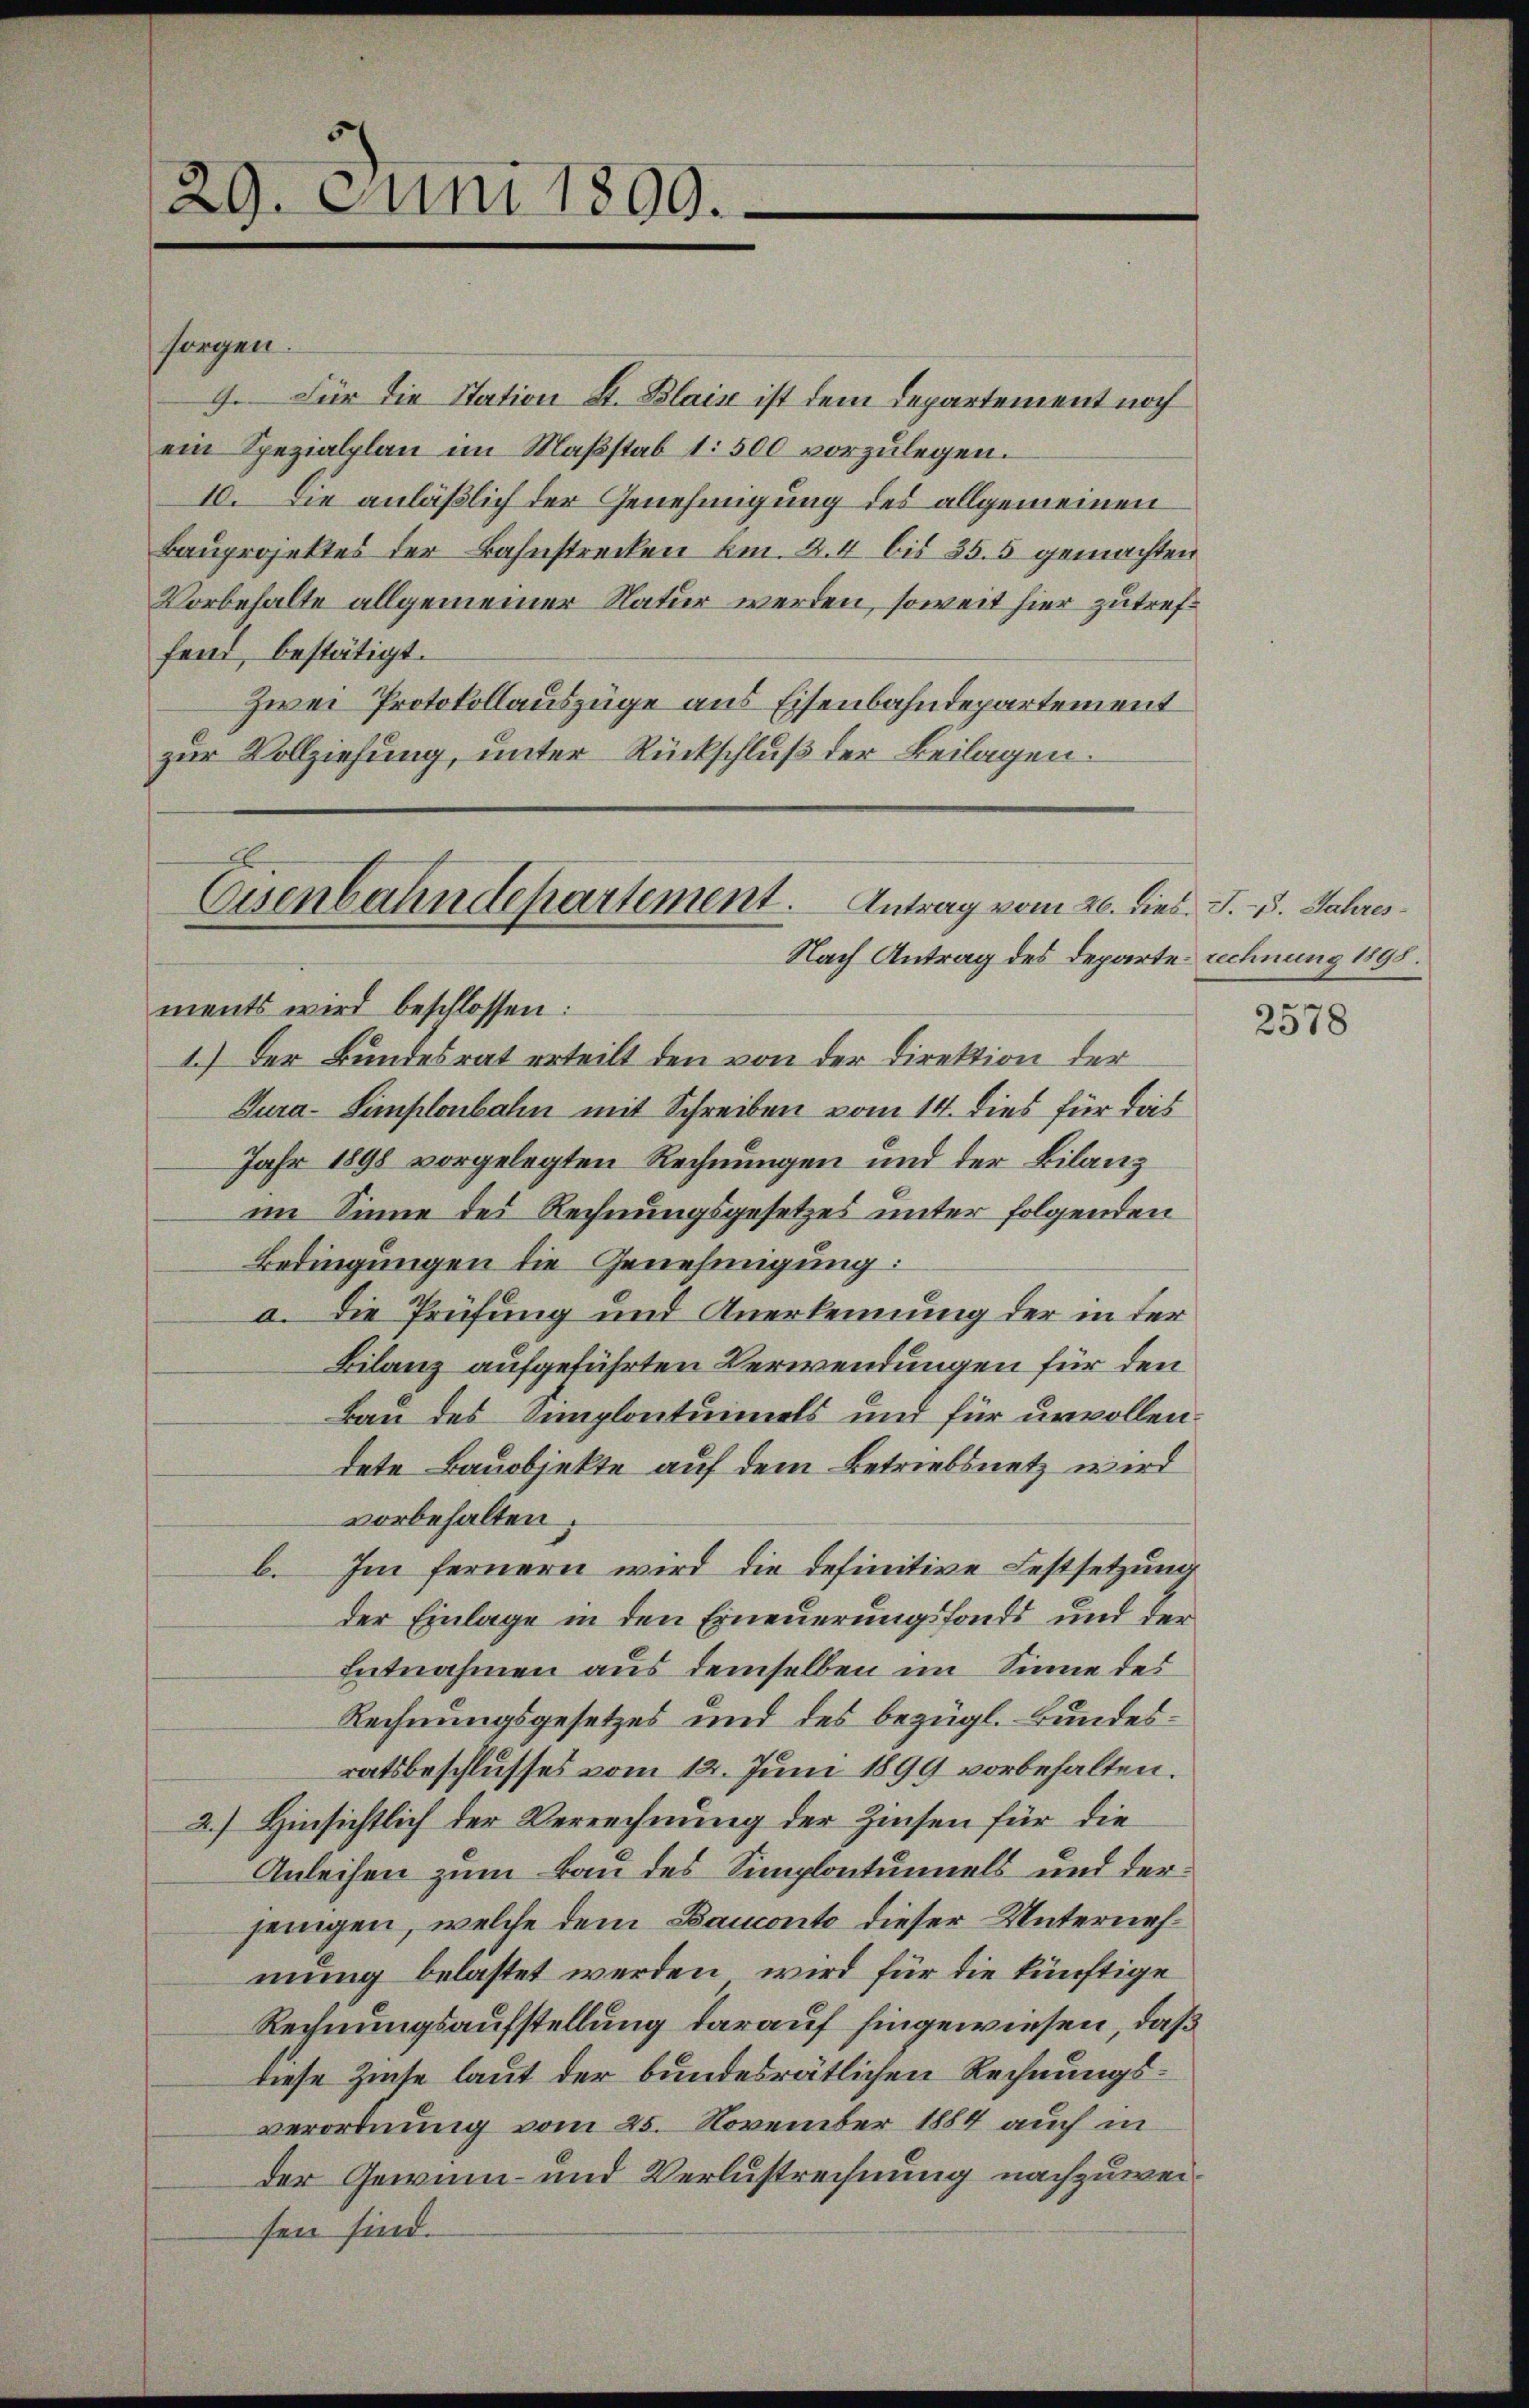
29. Juni 1899.

sorgen.
9. Für die Station St. Blais ist dem Departement noch
ein Spezialplan im Maßstab 1: 500 vorzulegen.
10. Die anläßlich der Genehmigung des allgemeinen
Bauprojektes der Bahnstrecken kn. 24 bis 355 gemachten
Vorbehalte allgemeiner Natur werden, soweit hier zutreffein, bestätigt.
Zwei Protokollauszüge aus Eisenbahndepartement
zur Vollziehung, unter Rückschluß der Beilagen.

Eisenbahndepartement. Antrag vom 26. dies. J. - 5. Jahres¬
Nach Antrag des Departe rechnung 1898.

ments wird beschlossen:
1.) Der Bundesrat erteilt den von der Direktion der
Cura-Simplonbahn mit Schreiben vom 14. dies für das
Jahr 1898 vorgelegten Rechnungen und der Bilanz
im Sinne des Rechnungsgesetzes unter folgenden
Bedingungen die Genehmigung:
a. Die Prüfung und Anerkennung der in der
Bilanz aufgeführten Verwendungen für den
Bau des Simplontuimels und für unvollen
dete Bauobjekte auf dem Betriebsnetz wird
vorbehalten;
b. Im fernern wird die definitive Festsetzung
der Einlage in den Erneuerungsfonds und der
Entnahmen aus demselben im Sinne des
Rechnungsgesetzes und des bezügl. Bundesratsbeschlusses vom 12. Juni 1899 vorbehalten.
2.) Hinsichtlich der Verrechnung der Zinsen für die
Anleihen zum Bau des Simplontumels und der
jenigen, welche dem Bauconte dieser Unternehmung belastet werden, wird für die künftige
Rechnungsaufstellung darauf hingewiesen, daß
diese Zinse laut der bundesrätlichen Rechnungsverordnung vom 25. November 1884 auch in
der Gewinn- und Verlustrechnung nachzuweisen sind.

2578